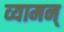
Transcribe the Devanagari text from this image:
व्यामन्